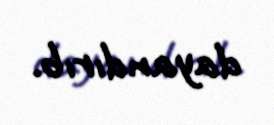
dayandırıb.